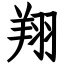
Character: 翔